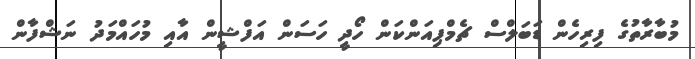
މުބާރާތުގެ ފިރިހެން ޑަބަލްސް ޗެމްޕިއަންކަން ހޯދީ ހަސަން އަފްޝީން އާއި މުހައްމަދު ނަޝްފާން